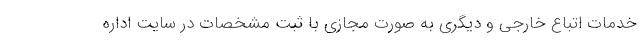
خدمات اتباع خارجی و دیگری به صورت مجازی با ثبت مشخصات در سایت اداره